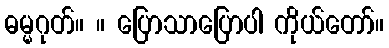
ဓမ္မဂုတ်။ ။ ပြောသာပြောပါ ကိုယ်တော်။